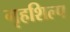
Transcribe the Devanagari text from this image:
गृहशिल्प